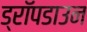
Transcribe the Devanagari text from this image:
ड्रॉपडाउन